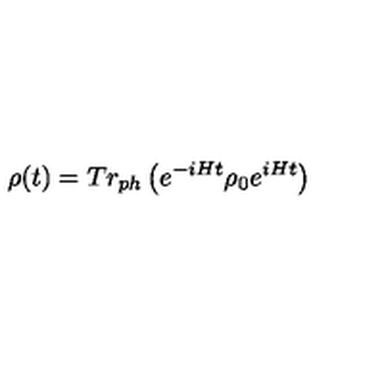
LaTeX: \rho ( t ) = T r _ { p h } \left( e ^ { - i H t } \rho _ { 0 } e ^ { i H t } \right)